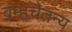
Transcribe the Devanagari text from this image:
ब्रम्हचैतन्य